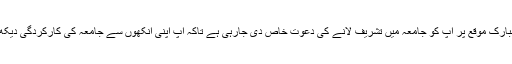
آپ کے جامعہ کے چوتھے سال کے ششماہی امتحان کے رزلٹ کے مبارک موقع پر آپ کو جامعہ میں تشریف لانے کی دعوتِ خاص دی جارہی ہے تاکہ آپ اپنی آنکھوں سے جامعہ کی کارکردگی دیکھ سکیں اور مزید بہتری کے لیے اپنی تجاویز سے بھی مستفید فرمائیں ۔